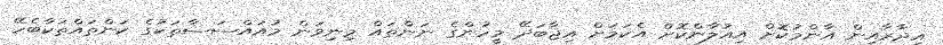
އިދާރާއިން އާންމުކޮށް އިއުލާންކޮށް އެކަމަށް އިޖާބަދޭ މީހުންގެ ނަންތައް މިނިވަން މުއައްސަސާތަކުގެ ކަންތައްތަކާބެހޭ